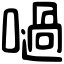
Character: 㗻